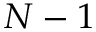
N - 1